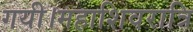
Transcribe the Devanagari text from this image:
गयी।महाशिवरात्रि